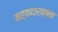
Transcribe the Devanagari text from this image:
मर्यादारक्षक